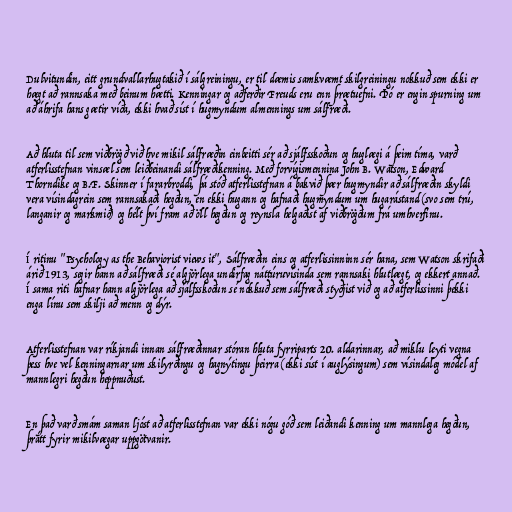
Dulvitundin, eitt grundvallarhugtakið í sálgreiningu, er til dæmis samkvæmt skilgreiningu nokkuð sem ekki er
hægt að rannsaka með beinum hætti. Kenningar og aðferðir Freuds eru enn þrætuefni. Þó er engin spurning um
að áhrifa hans gætir víða, ekki hvað síst í hugmyndum almennings um sálfræði.

Að hluta til sem viðbrögð við hve mikil sálfræðin einbeitti sér að sjálfsskoðun og huglægi á þeim tíma, varð
atferlisstefnan vinsæl sem leiðbeinandi sálfræðikenning. Með forvígismennina John B. Watson, Edward
Thorndike og B.F. Skinner í fararbroddi, þá stóð atferlisstefnan á bakvið þær hugmyndir að sálfræðin skyldi
vera vísindagrein sem rannsakaði hegðun, en ekki hugann og hafnaði hugmyndum um hugarástand (svo sem trú,
langanir og markmið) og hélt því fram að öll hegðun og reynsla helgaðist af viðbrögðum frá umhverfinu.

Í ritinu "Psychology as the Behaviorist views it", Sálfræðin eins og atferlissinninn sér hana, sem Watson skrifaði
árið 1913, segir hann að sálfræði sé algjörlega undirfag náttúruvísinda sem rannsaki hlutlægt, og ekkert annað.
Í sama riti hafnar hann algjörlega að sjálfsskoðun sé nokkuð sem sálfræði styðjist við og að atferlissinni þekki
enga línu sem skilji að menn og dýr.

Atferlisstefnan var ríkjandi innan sálfræðinnar stóran hluta fyrriparts 20. aldarinnar, að miklu leyti vegna
þess hve vel kenningarnar um skilyrðingu og hagnýtingu þeirra (ekki síst í auglýsingum) sem vísindaleg módel af
mannlegri hegðun heppnuðust.

En það varð smám saman ljóst að atferlisstefnan var ekki nógu góð sem leiðandi kenning um mannlega hegðun,
þrátt fyrir mikilvægar uppgötvanir.